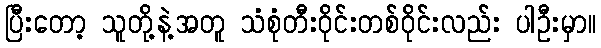
ပြီးတော့ သူတို့နဲ့အတူ သံစုံတီးဝိုင်းတစ်ဝိုင်းလည်း ပါဦးမှာ။